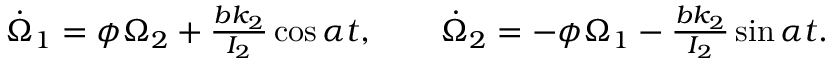
\begin{array} { r } { \dot { \Omega } _ { 1 } = \phi \Omega _ { 2 } + \frac { b k _ { 2 } } { I _ { 2 } } \cos \alpha t , \qquad \dot { \Omega } _ { 2 } = - \phi \Omega _ { 1 } - \frac { b k _ { 2 } } { I _ { 2 } } \sin \alpha t . } \end{array}